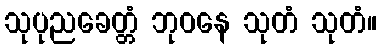
သုပုညခေတ္တံ ဘုဝနေ သုတံ သုတံ။